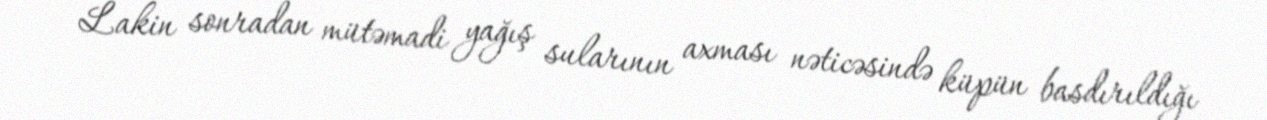
Lakin sonradan mütəmadi yağış sularının axması nəticəsində küpün basdırıldığı